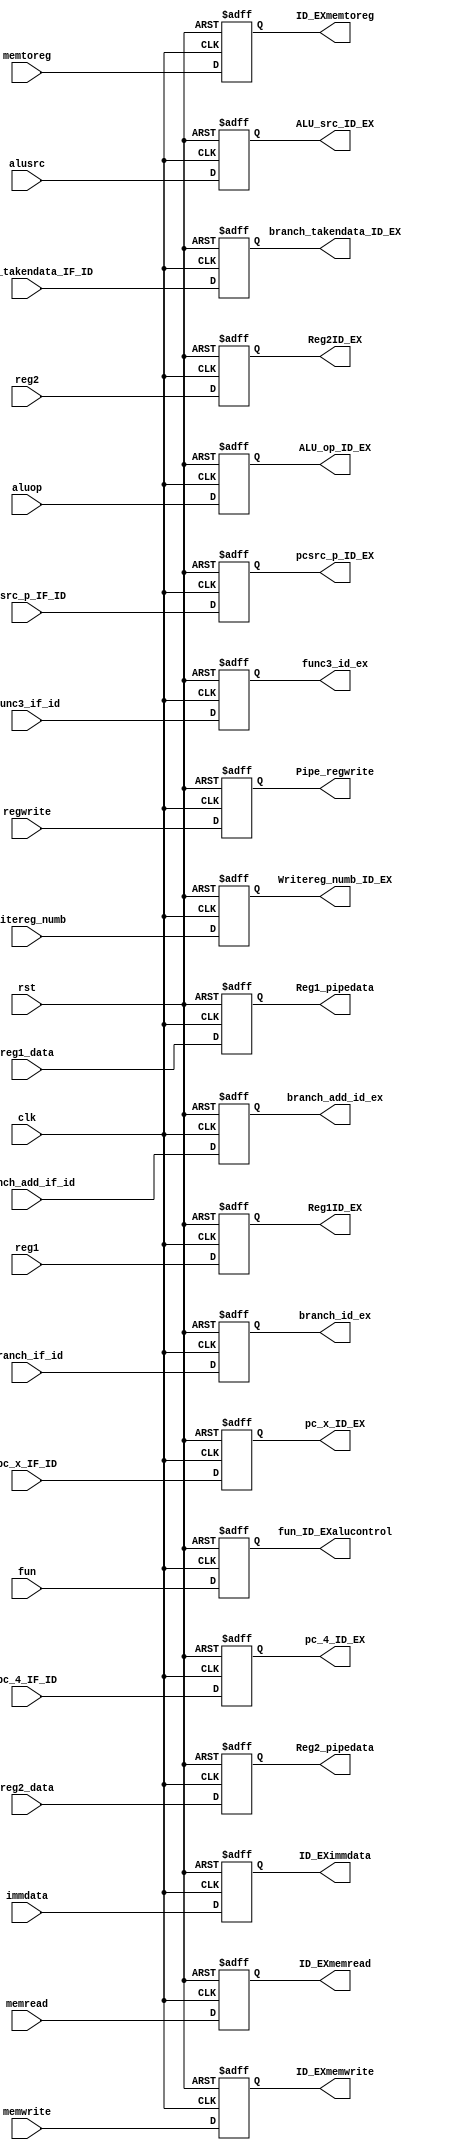
`timescale 1ns / 1ps
//////////////////////////////////////////////////////////////////////////////////
// Company: 
// Engineer: 
// 
// Design Name: 
// Module Name: ID_EX
// Project Name: 
// Target Devices: 
// Tool Versions: 
// Description: 
// 
// Dependencies: 
// 
// Revision:
// Revision 0.01 - File Created
// Additional Comments:
// 
//////////////////////////////////////////////////////////////////////////////////


module ID_EX(
input clk,
input rst,
//input clear,
input [1:0]aluop,
input alusrc,
input regwrite,
input memtoreg,
input memread,
input memwrite,
input [31:0]immdata,
input [3:0]fun,


input [31:0]reg1_data,
input[31:0]reg2_data,
input[4:0]reg1,
input [4:0]reg2,
input [4:0]writereg_numb,
input [31:0]pc_4_IF_ID,
input [31:0]pc_x_IF_ID,
input [2:0]func3_if_id,
input pcsrc_p_IF_ID,
input branch_if_id,
input [1:0]branch_takendata_IF_ID,
input [1:0]branch_add_if_id,
output [1:0]ALU_op_ID_EX,
output ALU_src_ID_EX,
output ID_EXmemtoreg,
output ID_EXmemread,
output ID_EXmemwrite,
output [31:0]ID_EXimmdata,
output [31:0]Reg1_pipedata,
output[31:0]Reg2_pipedata,
output Pipe_regwrite,
output[4:0] Reg1ID_EX,
output[4:0]Reg2ID_EX,
output [4:0]Writereg_numb_ID_EX,
output [3:0]fun_ID_EXalucontrol,
output[2:0]func3_id_ex,
output[31:0]pc_4_ID_EX,
output[31:0]pc_x_ID_EX,
output pcsrc_p_ID_EX,
output branch_id_ex,
output [1:0]branch_takendata_ID_EX,
output [1:0]branch_add_id_ex
    );
    reg[31:0]reg1_pipe_data,
              reg2_pipe_data,
              ID_immdata,pc_4,pc_x;
             reg pipe_regwite,ID_EX_memtoreg,ID_EX_memread,ID_EX_memwrite,ALUsrc_ID_EX,pcsrc,branch;
             reg [3:0]fun_ID_alucontrol;
             reg [4:0]Reg1,Reg2,Writeregnumb;
             reg[1:0]ALU_opID_EX,branch_takendata,branch_add;
             reg [2:0]func3;
             
    //assign Alu_pipecontrol=alu_pipe_control;
    assign Reg1_pipedata=reg1_pipe_data;
    assign Reg2_pipedata=reg2_pipe_data;
    assign Pipe_regwrite=pipe_regwite;
    assign Reg1ID_EX=Reg1;
    assign Reg2ID_EX=Reg2;
    assign Writereg_numb_ID_EX=Writeregnumb;
    assign fun_ID_EXalucontrol=fun_ID_alucontrol;
    assign ALU_op_ID_EX=ALU_opID_EX;
    assign  ALU_src_ID_EX=ALUsrc_ID_EX;
    assign ID_EXmemtoreg=ID_EX_memtoreg;
    assign ID_EXmemread=ID_EX_memread;
    assign ID_EXmemwrite=ID_EX_memwrite;
    assign ID_EXimmdata=ID_immdata;
    assign pcsrc_p_ID_EX=pcsrc;
    assign pc_4_ID_EX=pc_4;
    assign pc_x_ID_EX=pc_x;
    assign branch_takendata_ID_EX=branch_takendata;
    assign branch_add_id_ex=branch_add;
    assign branch_id_ex=branch;
    assign func3_id_ex=func3;
    
    always @(posedge clk,negedge rst)
        begin
            if(rst==0)
              begin
              fun_ID_alucontrol=4'b0;
              reg1_pipe_data=32'b0;
              reg2_pipe_data=32'b0;
              pipe_regwite=0;
              Reg1=0;
              Reg2=0;
              Writeregnumb=0;
              ID_EX_memtoreg=0;
              ID_EX_memread=0;
              ID_EX_memwrite=0;
              ALUsrc_ID_EX=0;
              ID_immdata=0;
              ALU_opID_EX=0;
             pcsrc=0;
             pc_4=0;
             pc_x=0;
             branch_takendata=0;
             branch_add=0;
             branch=0;
             func3=0;
              end
            else 
                begin
             fun_ID_alucontrol=fun;
              reg1_pipe_data=reg1_data;
              reg2_pipe_data=reg2_data;
              pipe_regwite=regwrite;
              Reg1=reg1;
              Reg2=reg2;
              Writeregnumb=writereg_numb;
              ID_EX_memtoreg=memtoreg;
              ID_EX_memread=memread;
              ID_EX_memwrite= memwrite;
              ALUsrc_ID_EX=alusrc;
              ID_immdata=immdata;
              ALU_opID_EX=aluop;
              pcsrc=pcsrc_p_IF_ID;
              pc_4=pc_4_IF_ID;
              pc_x=pc_x_IF_ID;
              branch_takendata=branch_takendata_IF_ID;
              branch_add=branch_add_if_id;
              branch=branch_if_id;
              func3=func3_if_id;
                end  
                
        end
endmodule